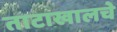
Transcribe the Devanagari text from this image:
ताटाखालचे